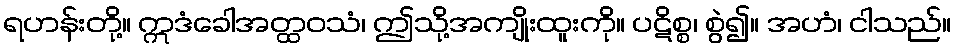
ရဟန်းတို့။ ဣဒံခေါအတ္ထဝသံ၊ ဤသို့အကျိုးထူးကို။ ပဋိစ္စ၊ စွဲ၍။ အဟံ၊ ငါသည်။